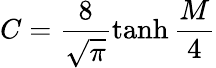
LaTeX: C=\frac{8}{\sqrt{\pi}}\operatorname{tanh}\frac{M}{4}